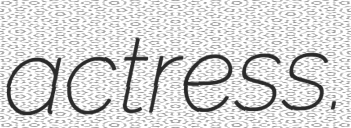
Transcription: actress.